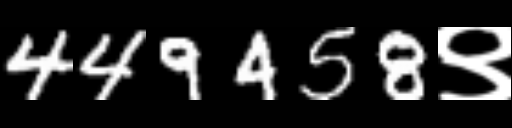
Text: 449458९